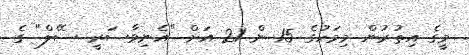
މީގެ އިތުރުން މިމަހުގެ 15 ން 21 އަށް "އެނިވާސަރީ ސޭލް" ގެ